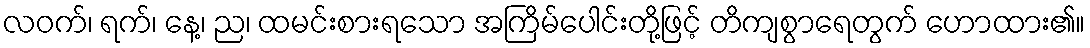
လဝက်၊ ရက်၊ နေ့၊ ည၊ ထမင်းစားရသော အကြိမ်ပေါင်းတို့ဖြင့် တိကျစွာရေတွက် ဟောထား၏။